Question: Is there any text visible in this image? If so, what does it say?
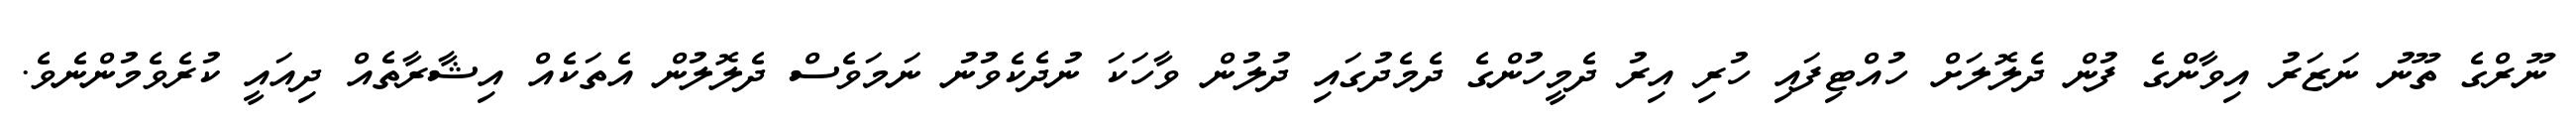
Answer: ނޫރްގެ ތޫނު ނަޒަރު އިވާންގެ ފުން ދެލޮލަށް ހުއްޓިފައި ހުރި އިރު ދެމީހުންގެ ދެމެދުގައި ދުލުން ވާހަކަ ނުދެކެވުނު ނަމަވެސް ދެލޮލުން އެތަކެއް އިޝާރާތެއް ދިއައީ ކުރެވެމުންނެވެ.